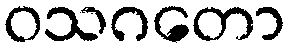
ဝသဂတော